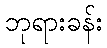
ဘုရားခန်း